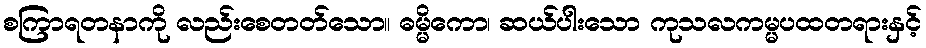
စကြာရတနာကို လည်းစေတတ်သော။ ဓမ္မိကော၊ ဆယ်ပါးသော ကုသလကမ္မပထတရားနှင့်